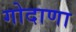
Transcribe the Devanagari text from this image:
गोदाणा